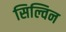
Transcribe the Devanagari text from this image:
सिल्विन